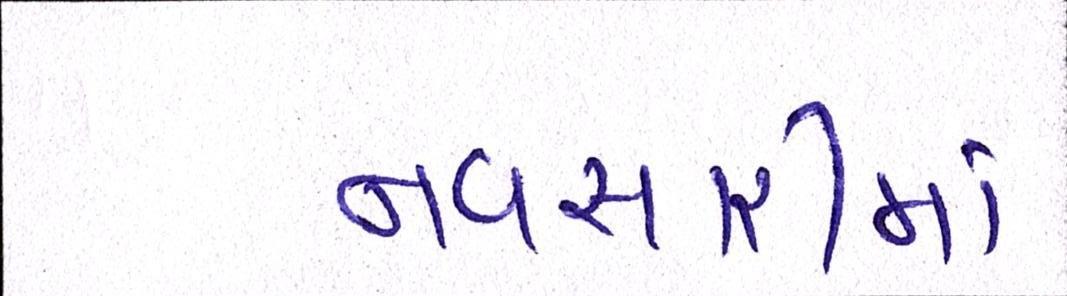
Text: નવસારીમાં